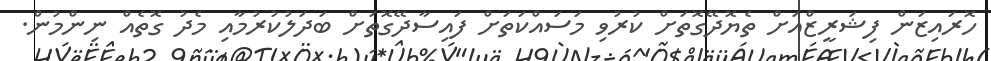
ހޮރައިޒަން ފިޝަރީޒްއަށް ތެޔޮދޭގޮތަށް ކުރުވި މަސައްކަތަށް ފައިސާދޭގޮތަށް ބަދަލުކުރުމާއި މެދު ގޮތެއް ނިންމުން.